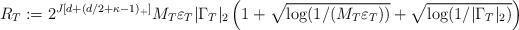
LaTeX: \begin{align*}R_T := 2^{J[d+(d/2+\kappa-1)_+]} M_T \varepsilon_T |\Gamma_T|_2 \left( 1+ \sqrt{\log (1/(M_T\varepsilon_T))} + \sqrt{\log (1/|\Gamma_T|_2)}\right) \end{align*}